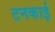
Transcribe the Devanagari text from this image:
टनकाई